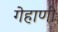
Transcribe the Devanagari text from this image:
गेहाणी